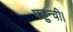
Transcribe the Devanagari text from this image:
पहुन्ची।